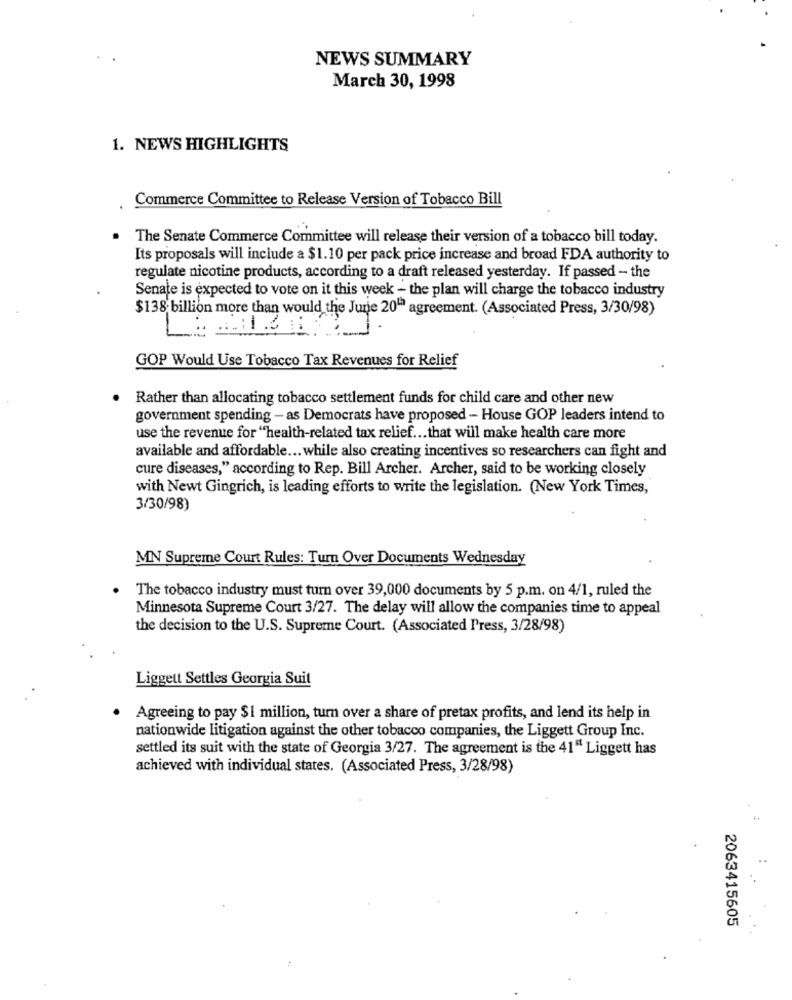
NEWS SUMMARY
March 30, 1998
1. NEWS HIGHLIGHTS
Commerce Committee to Release Version of Tobacco Bill
The Senate Commerce Committee will release their version of a tobacco bill today.
Its proposals will include a $1.10 per pack price increase and broad FDA authority to
regulate nicotine products, according to a draft released yesterday. If passed - the
Senate is expected to vote on it this week - the plan will charge the tobacco industry
$138 billion more than would the June 20"ª agreement. (Associated Press, 3/30/98)
GOP Would Use Tobacco Tax Revenues for Relief
. Rather than allocating tobacco settlement funds for child care and other new
government spending - as Democrats have proposed - House GOP leaders intend to
use the revenue for "health-related tax relief ... that will make health care more
available and affordable ... while also creating incentives so researchers can fight and
cure diseases," according to Rep. Bill Archer. Archer, said to be working closely
with Newt Gingrich, is leading efforts to write the legislation. (New York Times,
3/30/98)
MN Supreme Court Rules: Turn Over Documents Wednesday
The tobacco industry must turn over 39,000 documents by 5 p.m. on 4/1, ruled the
Minnesota Supreme Court 3/27. The delay will allow the companies time to appeal
the decision to the U.S. Supreme Court. (Associated Press, 3/28/98)
Liggett Settles Georgia Suit
Agreeing to pay $1 million, turn over a share of pretax profits, and lend its help in
nationwide litigation against the other tobacco companies, the Liggett Group Inc.
settled its suit with the state of Georgia 3/27. The agreement is the 41" Liggett has
achieved with individual states. (Associated Press, 3/28/98)
2063415605